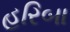
હરિબા